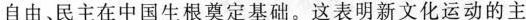
自由、民主在中国生根奠定基础。这表明新文化运动的主